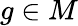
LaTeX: g\in M